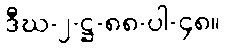
ဒီဃ-၂-ဋ္ဌ-၈၈-ပါ-၄၈။